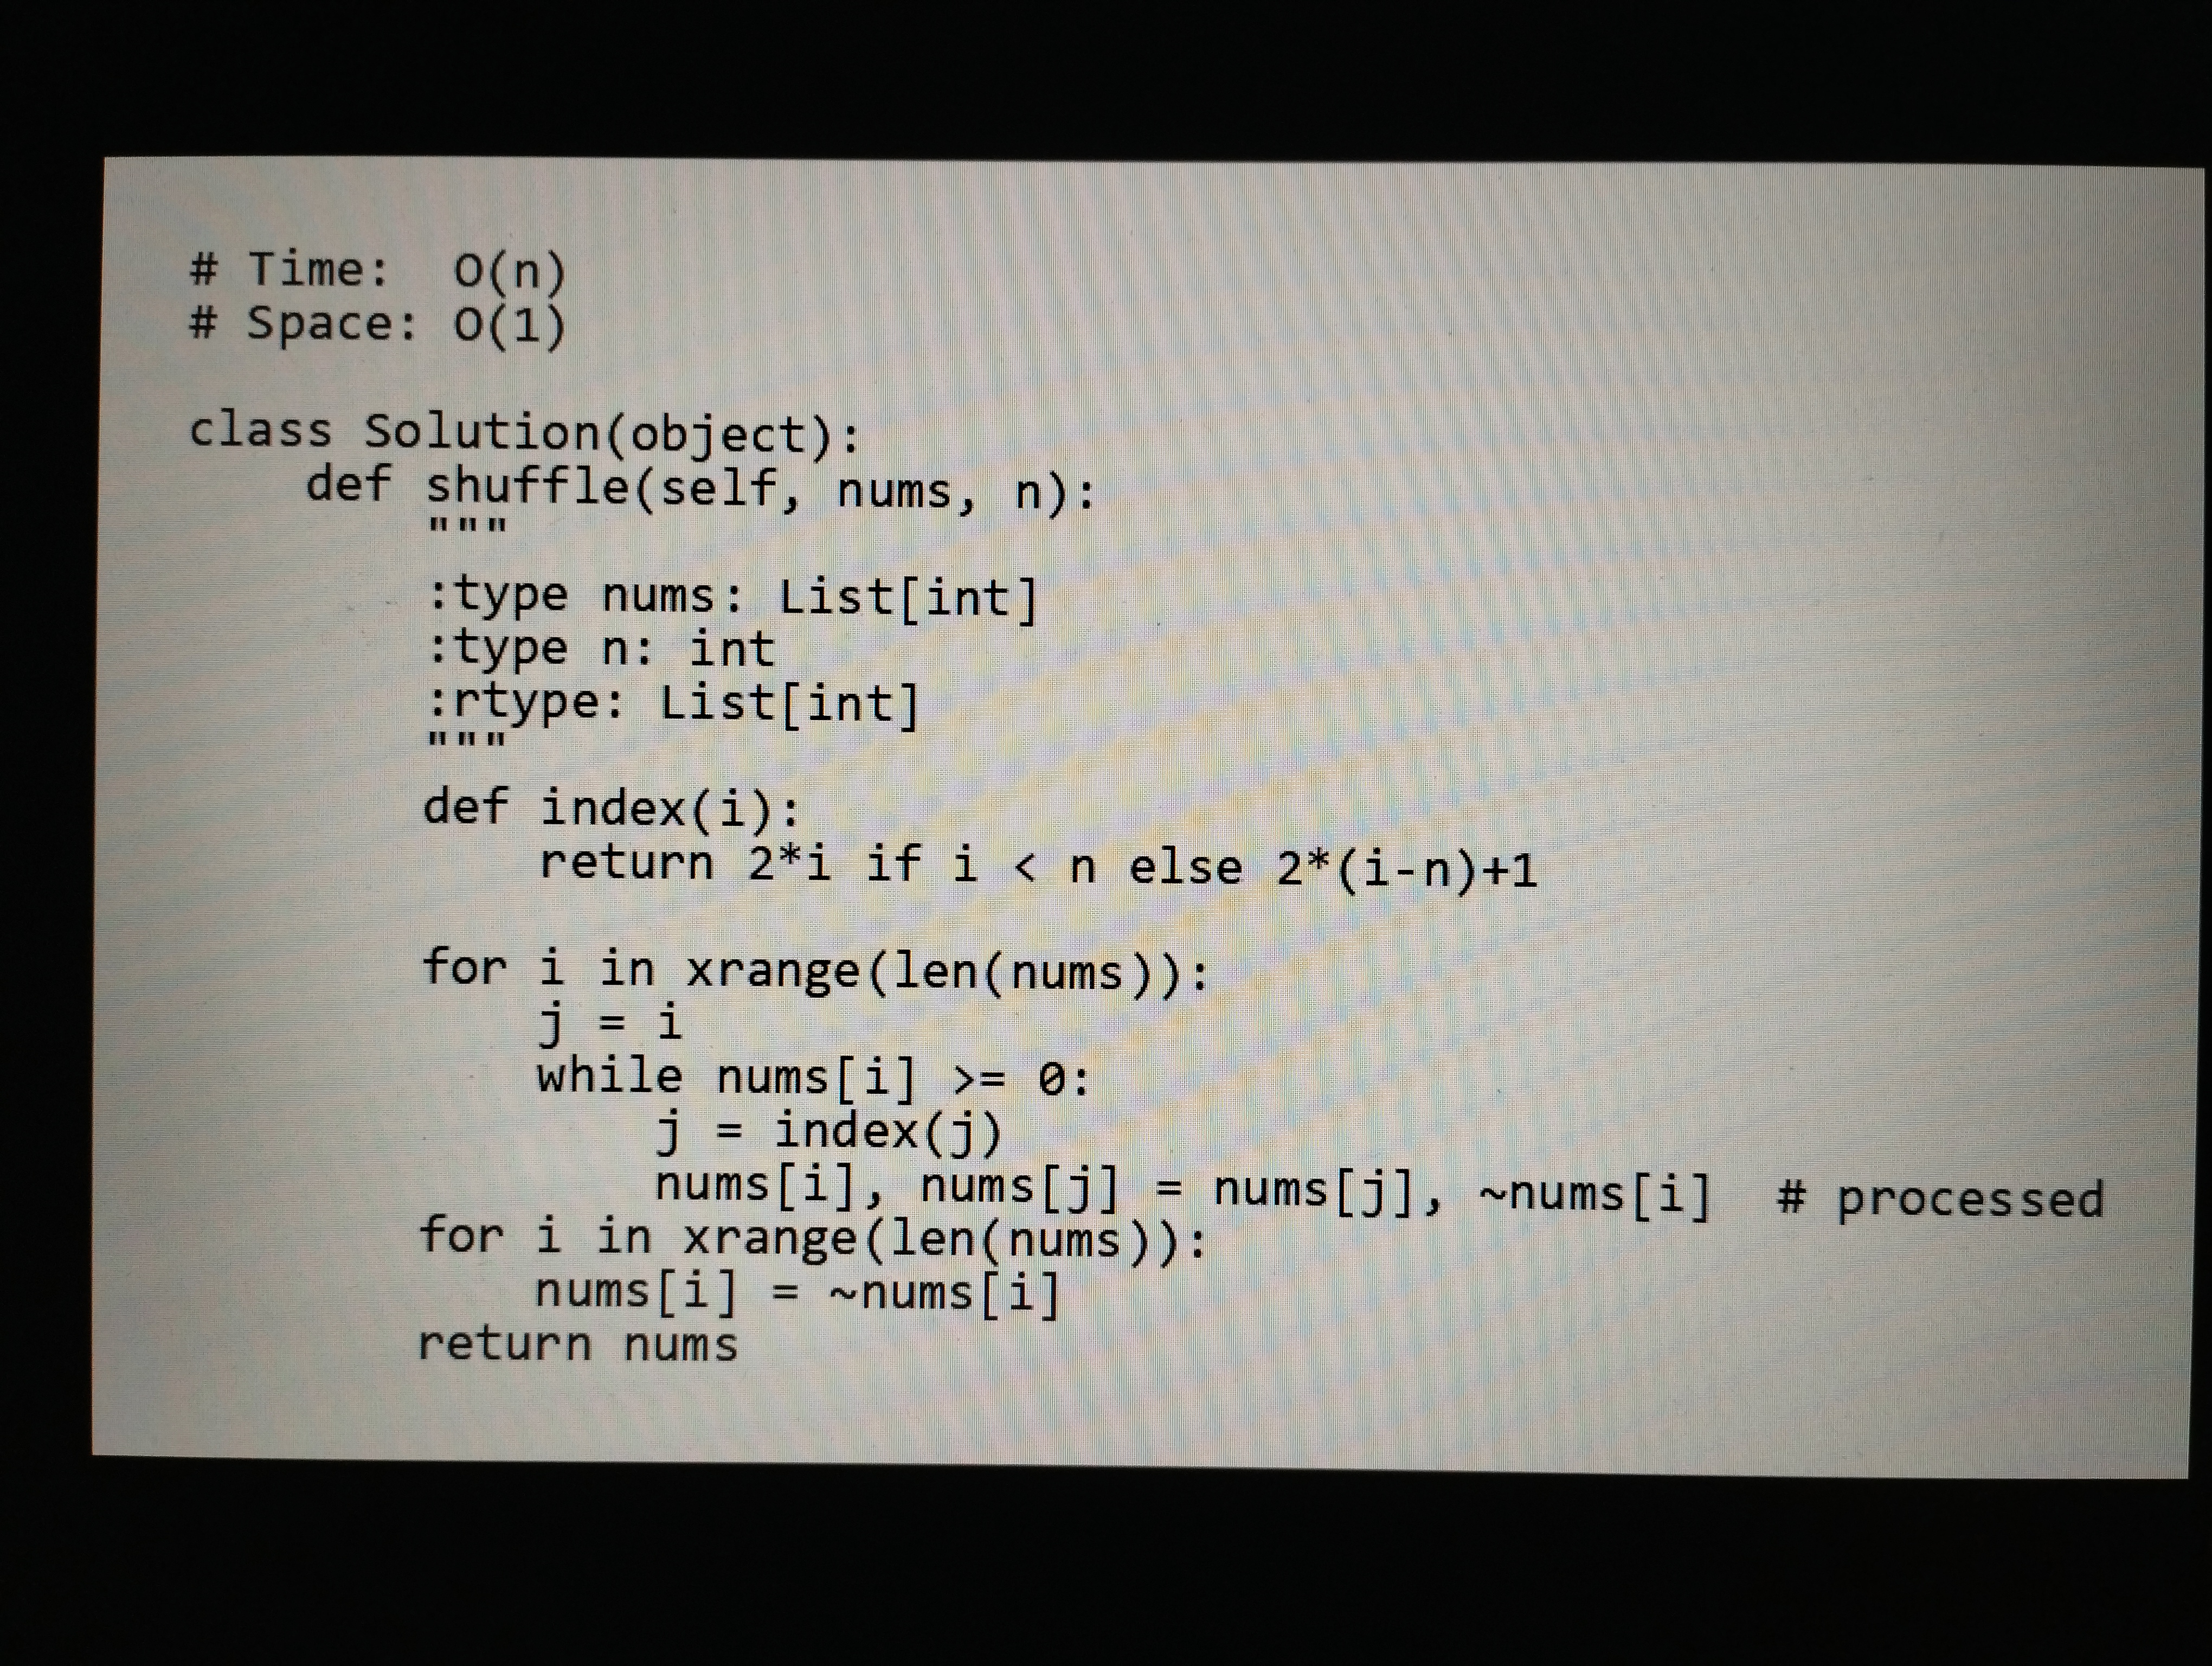
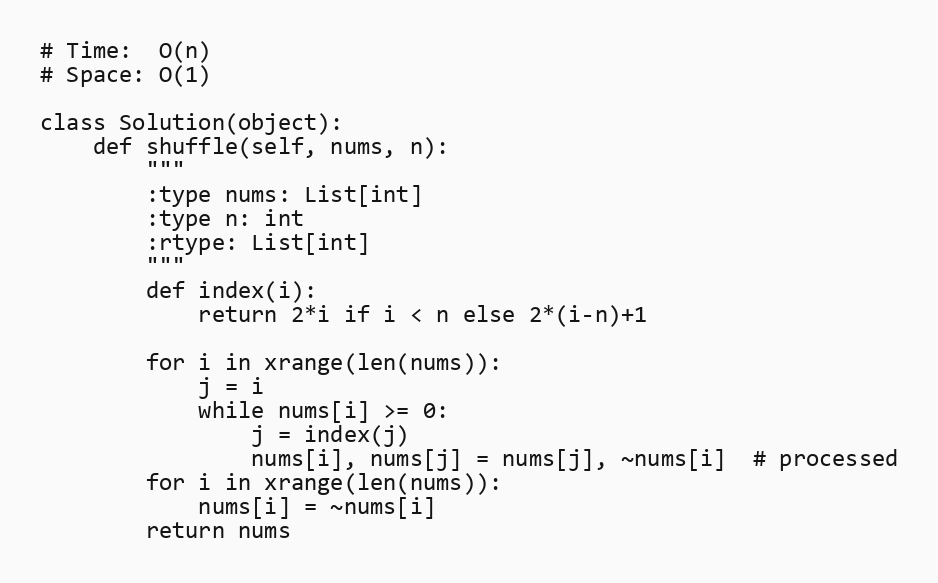
# Time:  O(n)
# Space: O(1)

class Solution(object):
    def shuffle(self, nums, n):
        """
        :type nums: List[int]
        :type n: int
        :rtype: List[int]
        """
        def index(i):
            return 2*i if i < n else 2*(i-n)+1

        for i in xrange(len(nums)):
            j = i
            while nums[i] >= 0:
                j = index(j)
                nums[i], nums[j] = nums[j], ~nums[i]  # processed
        for i in xrange(len(nums)):
            nums[i] = ~nums[i]
        return nums